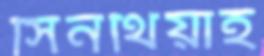
সিনথিয়াই